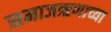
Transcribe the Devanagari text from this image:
समाजऋणाच्या